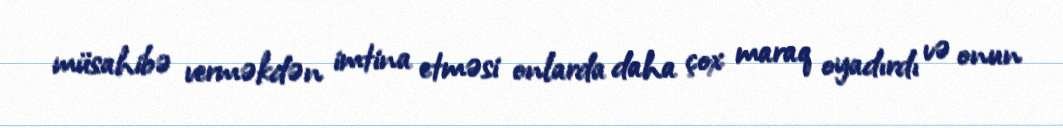
müsahibə verməkdən imtina etməsi onlarda daha çox maraq oyadırdı və onun